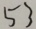
5 3